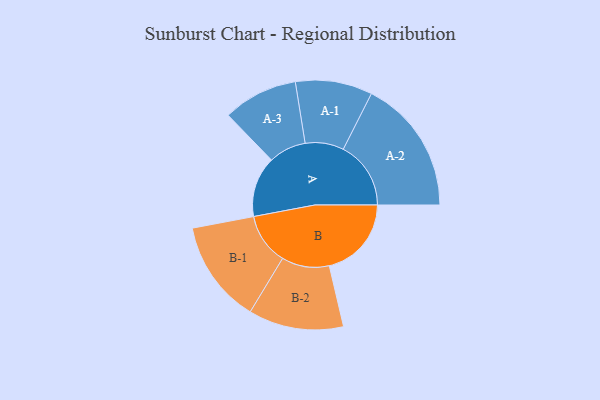
{"axis": {"x": "Segment", "y": "Value"}, "legend": ["", "A", "B"], "data": [{"x": "A", "y": 233, "type": ""}, {"x": "B", "y": 316, "type": ""}, {"x": "A-1", "y": 148, "type": "A"}, {"x": "A-2", "y": 260, "type": "A"}, {"x": "A-3", "y": 144, "type": "A"}, {"x": "B-1", "y": 198, "type": "B"}, {"x": "B-2", "y": 183, "type": "B"}]}